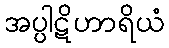
အပ္ပါဋိဟာရိယံ